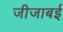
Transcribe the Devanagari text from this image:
जीजाबई